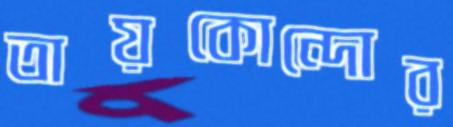
তায়কোন্দোর